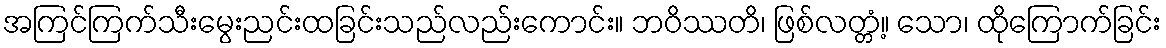
အကြင်ကြက်သီးမွေးညင်းထခြင်းသည်လည်းကောင်း။ ဘဝိဿတိ၊ ဖြစ်လတ္တံ့။ သော၊ ထိုကြောက်ခြင်း